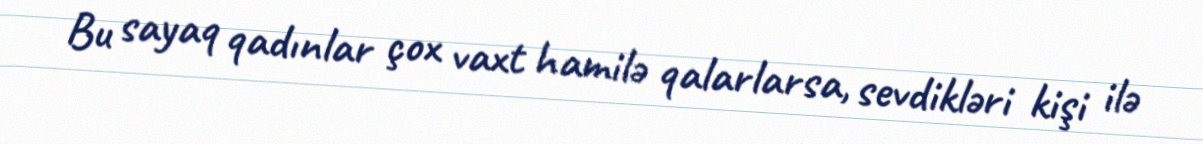
Bu sayaq qadınlar çox vaxt hamilə qalarlarsa, sevdikləri kişi ilə